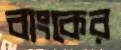
বাংকের